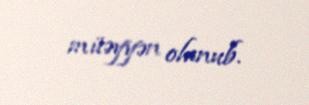
müəyyən olunub.